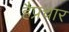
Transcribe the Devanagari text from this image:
हैप्रचार